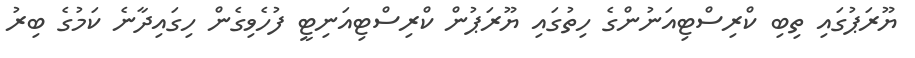
ޔޫރަޕުގައި ތިބި ކްރިސްޓިއަނުންގެ ހިތުގައި ޔޫރަޕުން ކްރިސްޓިއަނިޓީ ފުހެވިގެން ހިގައިދާނެ ކަމުގެ ބިރު